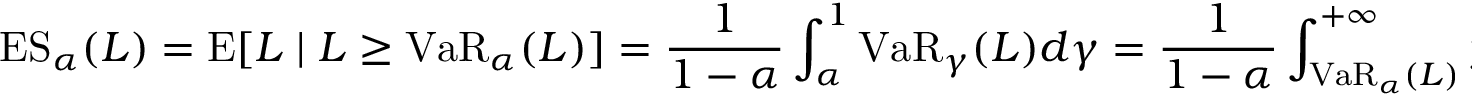
\operatorname { E S } _ { \alpha } ( L ) = \operatorname { E } [ L \mid L \geq \operatorname { V a R } _ { \alpha } ( L ) ] = { \frac { 1 } { 1 - \alpha } } \int _ { \alpha } ^ { 1 } \operatorname { V a R } _ { \gamma } ( L ) d \gamma = { \frac { 1 } { 1 - \alpha } } \int _ { \operatorname { V a R } _ { \alpha } ( L ) } ^ { + \infty } y f ( y ) \, d y .